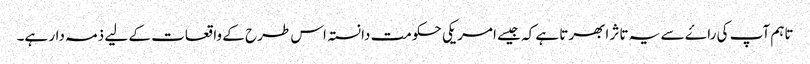
تاہم آپ کی راۓ سے یہ تاثر ابھرتا ہے کہ جیسے امریکی حکومت دانستہ اس طرح کے واقعات کے لیے ذمہ دار ہے۔